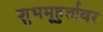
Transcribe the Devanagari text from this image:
शुभमूहुर्तावर